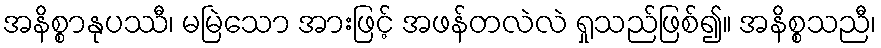
အနိစ္စာနုပဿီ၊ မမြဲသော အားဖြင့် အဖန်တလဲလဲ ရှုသည်ဖြစ်၍။ အနိစ္စသညီ၊